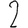
Digit: 2